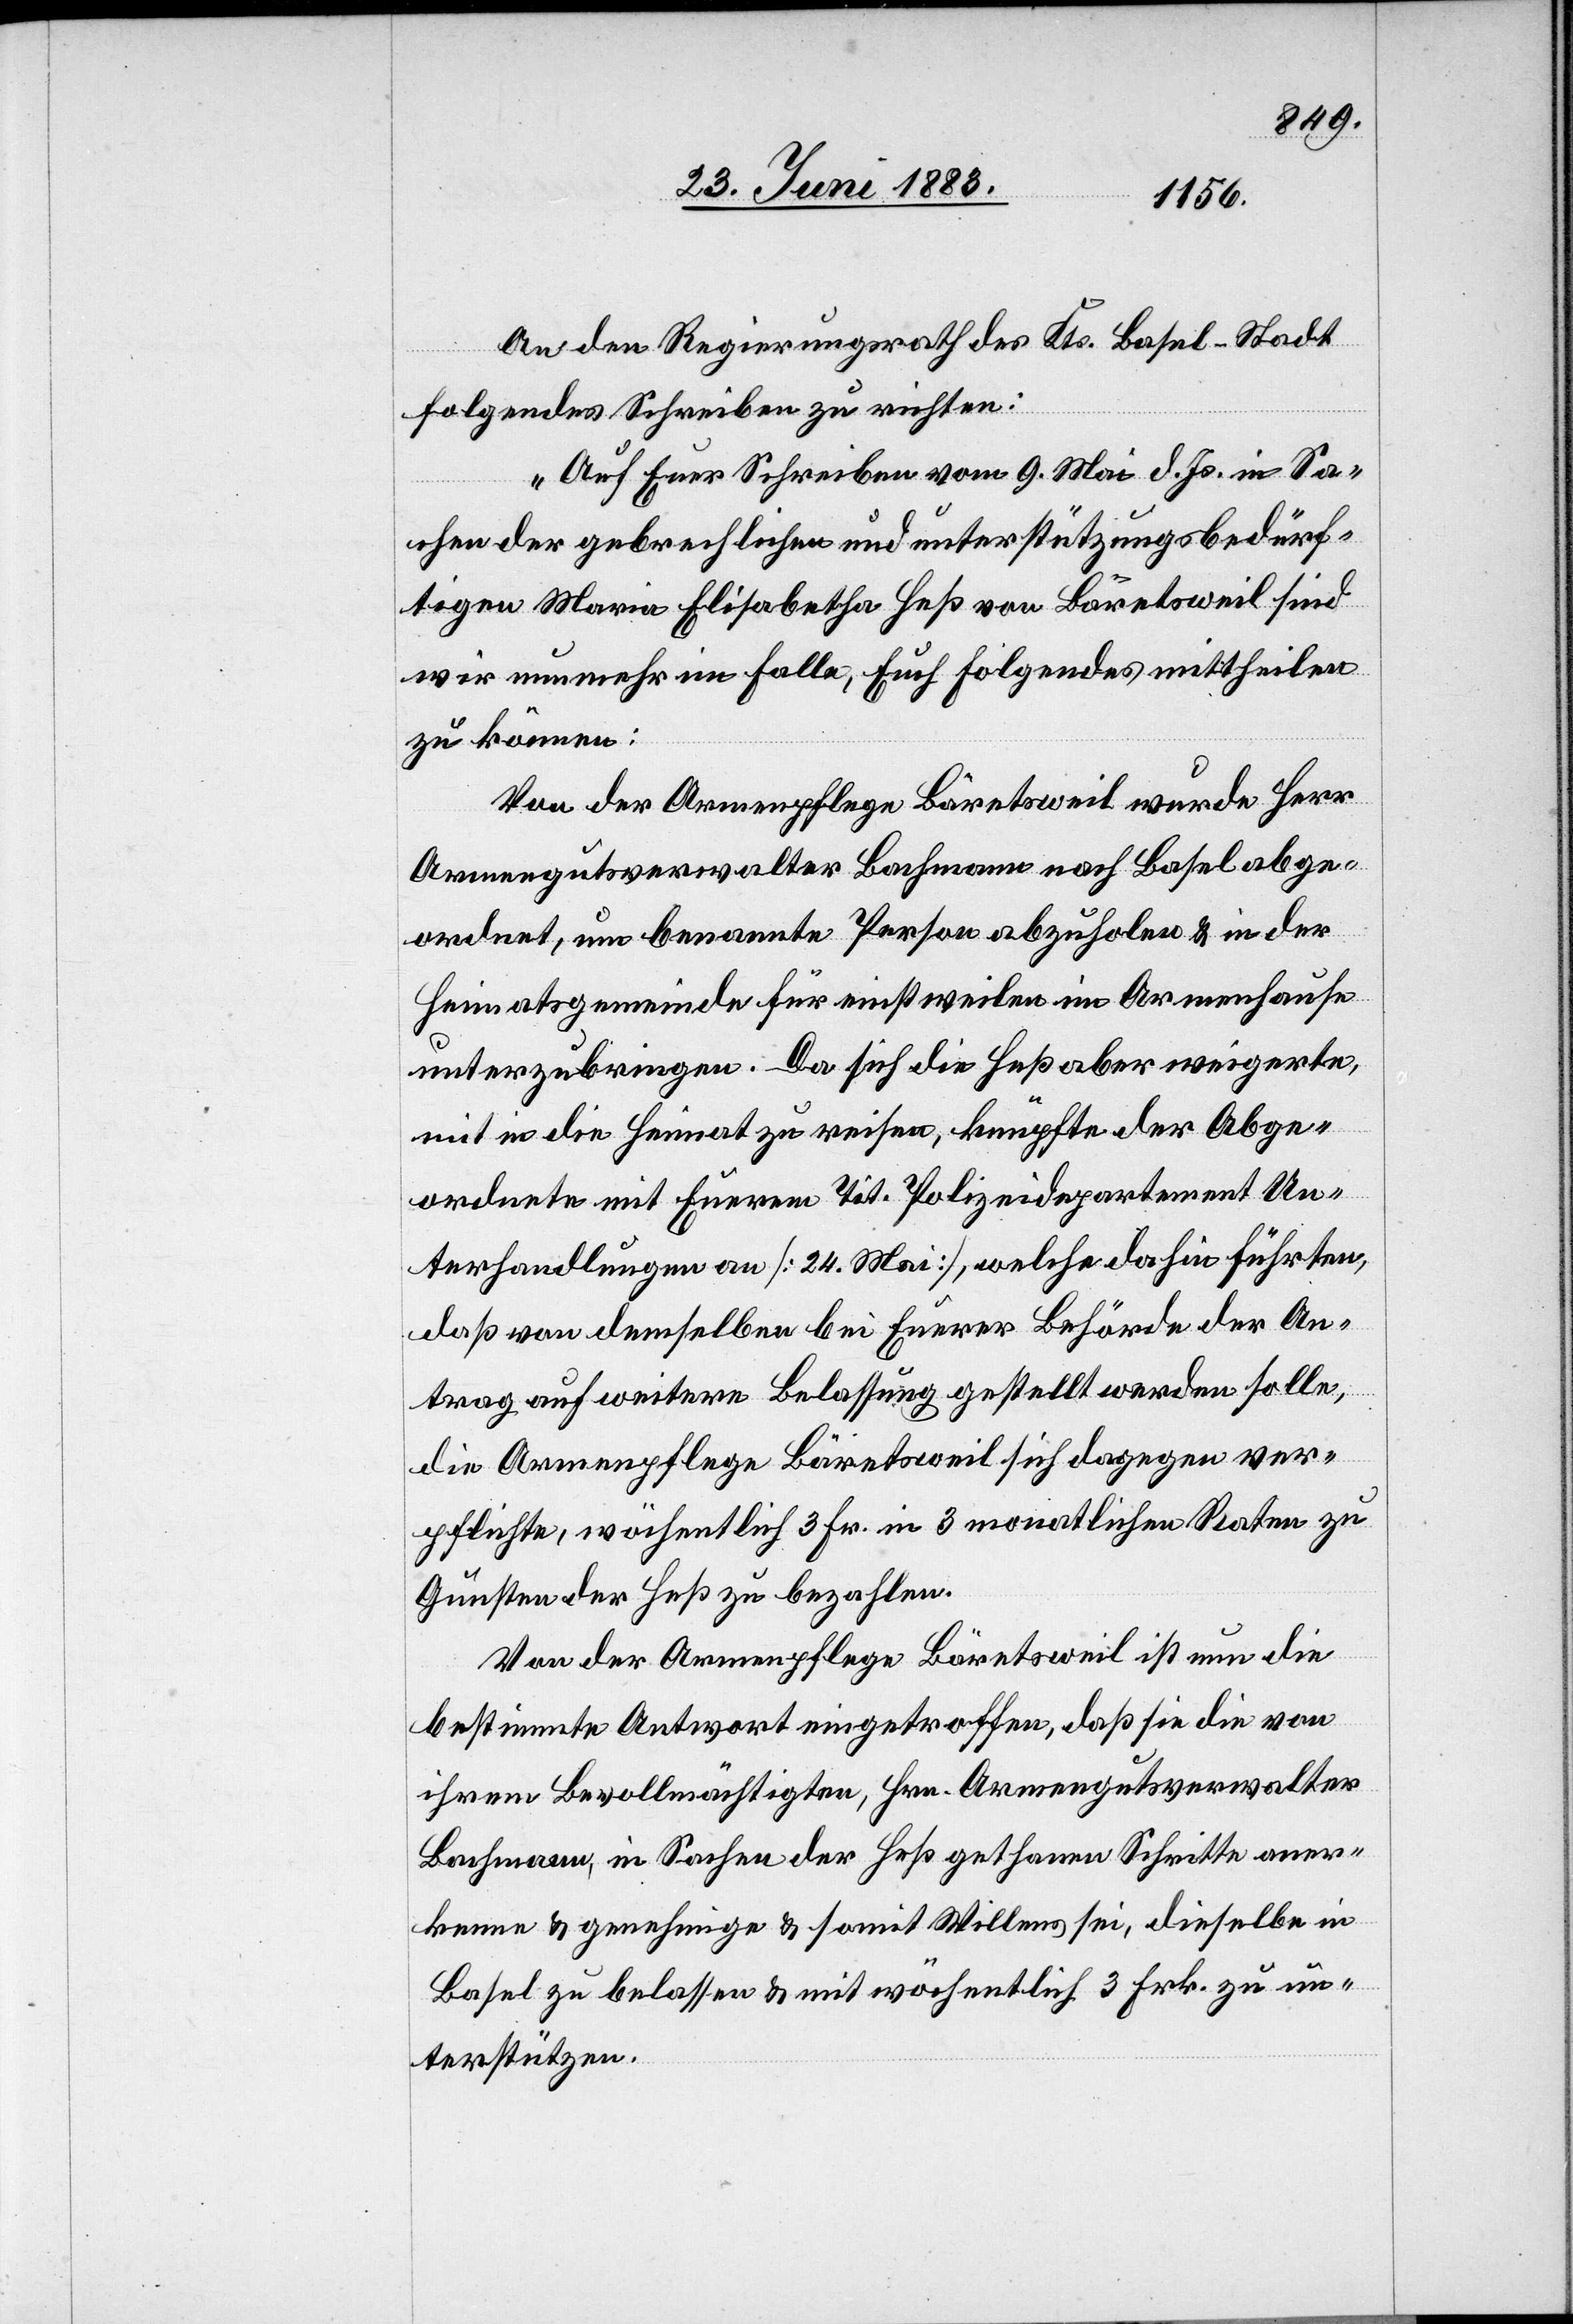
An den Regierungsrath des Kts. Basel-Stadt
folgendes Schreiben zu richten:
„Auf Euer Schreiben vom 9. Mai d. Js. in Sa¬
chen der gebrechlichen und unterstützungsbedürf¬
tigen Marie Elisabetha Heß von Bäretsweil sind
wir nunmehr im Falle, Euch Folgendes mittheilen
zu können:
Von der Armenpflege Bäretsweil wurde Herr
Armengutsverwalter Bachmann nach Basel abge¬
ordnet, um benannte Person abzuholen & in der
Heimatsgemeinde für einstweilen im Armenhause
unterzubringen. Da sich die Heß aber weigerte,
mit in die Heimat zu reisen, knüpfte der Abge¬
ordnete mit Euerem Tit. Polizeidepartement Un¬
terhandlungen an [24. Mai], welche dahin führten,
daß von demselben bei Euerer Behörde der An¬
trag auf weitere Belassung gestellt werden solle,
die Armenpflege Bäretsweil sich dagegen ver¬
pflichte, wöchentlich 3 Fr. in 3 monatlichen Raten zu
Gunsten der Heß zu bezahlen.
Von der Armenpflege Bäretsweil ist nun die
bestimmte Antwort eingetroffen, daß sie die von
ihrem Bevollmächtigten, Hrn. Armengutsverwalter
Bachmann, in Sachen der Heß gethanen Schritte aner¬
kenne & genehmige & somit Willens sei, dieselbe in
Basel zu belassen & mit wöchentlich 3 Frk. zu un¬
terstützen.